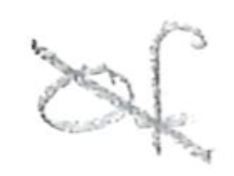
Text: of
Cross-out: diagonal
Writing tool: pencil